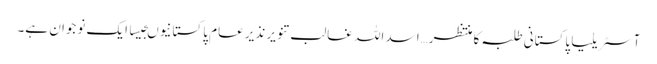
آسٹریلیا پاکستانی طلبہ کا منتظر…اسد اللہ غالب تنویر نذیر عام پاکستانیوںجیسا ایک نوجوان ہے۔